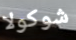
شوكولا